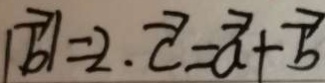
\vert \overrightarrow { b } \vert = 2 \cdot \overrightarrow { c } = \overrightarrow { a } + \overrightarrow { b }